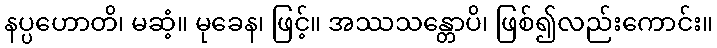
နပ္ပဟောတိ၊ မဆံ့။ မုခေန၊ ဖြင့်။ အဿသန္တောပိ၊ ဖြစ်၍လည်းကောင်း။